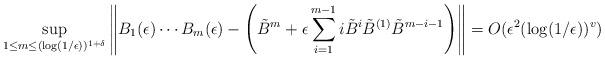
LaTeX: \begin{align*}\sup_{1\le m\le (\log(1/\epsilon))^{1+\delta}} \left\| B_1(\epsilon)\cdots B_m(\epsilon) - \left(\tilde{B}^m + \epsilon \sum_{i=1}^{m-1} i \tilde{B}^i \tilde{B}^{(1)}\tilde{B}^{m-i-1}\right) \right\| = O(\epsilon^2(\log(1/\epsilon))^v) \end{align*}